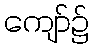
ကျော်၌